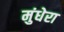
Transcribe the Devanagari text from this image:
मुंधेरा